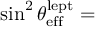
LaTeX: \sin ^ { 2 } \theta _ { \mathrm { e f f } } ^ { \mathrm { l e p t } } =